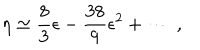
LaTeX: \eta \simeq \frac { 8 } { 3 } \epsilon - \frac { 3 8 } { 9 } \epsilon ^ { 2 } + \cdots \; ,